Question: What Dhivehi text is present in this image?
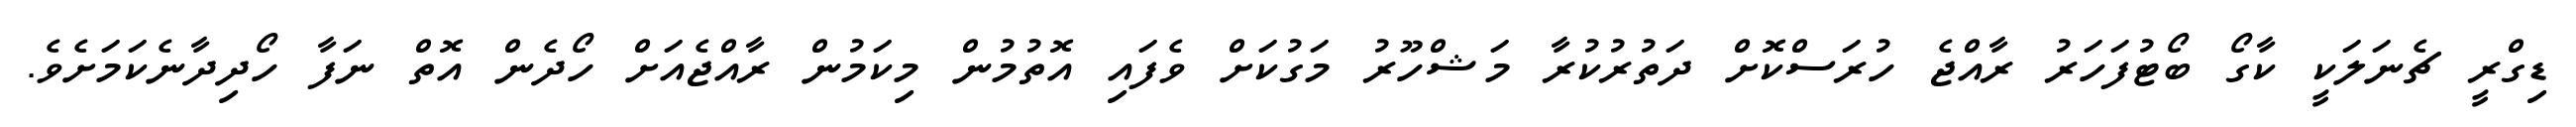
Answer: ޑިގްރީ ޗެނަލަކީ ކާގޯ ބޯޓުފަހަރު ރާއްޖެ ހުރަސްކޮށް ދަތުރުކުރާ މަޝްހޫރު މަގުކަށް ވެފައި އޮތުމުން މިކަމުން ރާއްޖެއަށް ހޯދެން އޮތް ނަފާ ހޯދިދާނެކަމަށެވެ.